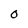
Character: 0